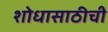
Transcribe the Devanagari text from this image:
शोधासाठीची